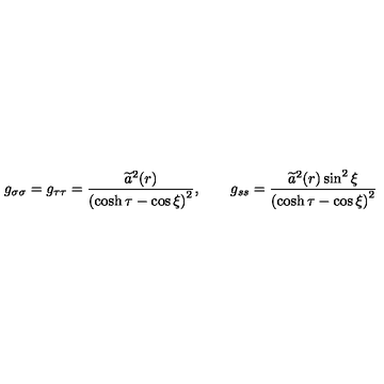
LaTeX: g _ { \sigma \sigma } = g _ { \tau \tau } = \frac { \widetilde { a } ^ { 2 } ( r ) } { \left( \cosh \tau - \cos \xi \right) ^ { 2 } } , \qquad g _ { s s } = \frac { \widetilde { a } ^ { 2 } ( r ) \sin ^ { 2 } \xi } { \left( \cosh \tau - \cos \xi \right) ^ { 2 } }